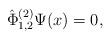
\begin{align*}\hat{\Phi}^{(2)}_{1,2}\Psi(x)=0,\end{align*}